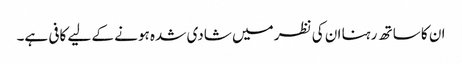
ان کا ساتھ رہنا ان کی نظر میں شادی شدہ ہونے کے لیے کافی ہے۔